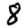
Digit: 8